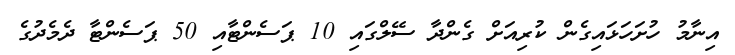
އިނާމު ހުށަހަޅައިގެން ކުރިއަށް ގެންދާ ސޭލްގައި 10 ޕަސެންޓާއި 50 ޕަސެންޓާ ދެމެދުގެ